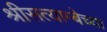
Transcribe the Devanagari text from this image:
श्रीसत्याम्बेच्या